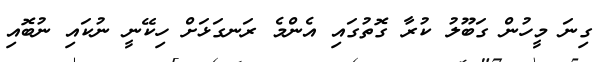
ގިނަ މީހުން ގަބޫލު ކުރާ ގޮތުގައި އެންމެ ރަނގަޅަށް ހިކޭނީ ނުކައި ނުބޮއި